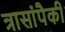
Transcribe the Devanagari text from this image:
त्रासांपैकी